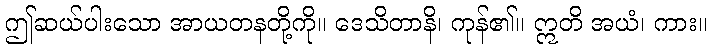
ဤဆယ်ပါးသော အာယတနတို့ကို။ ဒေသိတာနိ၊ ကုန်၏။ ဣတိ အယံ၊ ကား။